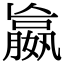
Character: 𡢔